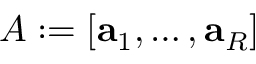
A : = [ \mathbf { a } _ { 1 } , \dots , \mathbf { a } _ { R } ]